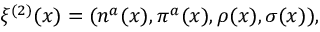
\xi ^ { ( 2 ) } ( x ) = ( n ^ { a } ( x ) , \pi ^ { a } ( x ) , \rho ( x ) , \sigma ( x ) ) ,